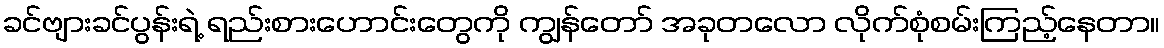
ခင်ဗျားခင်ပွန်းရဲ့ ရည်းစားဟောင်းတွေကို ကျွန်တော် အခုတလော လိုက်စုံစမ်းကြည့်နေတာ။